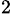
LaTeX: ^{2\, }